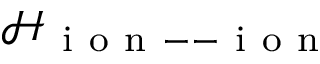
\mathcal { H } _ { \mathrm { ~ i ~ o ~ n ~ -- ~ i ~ o ~ n ~ } }